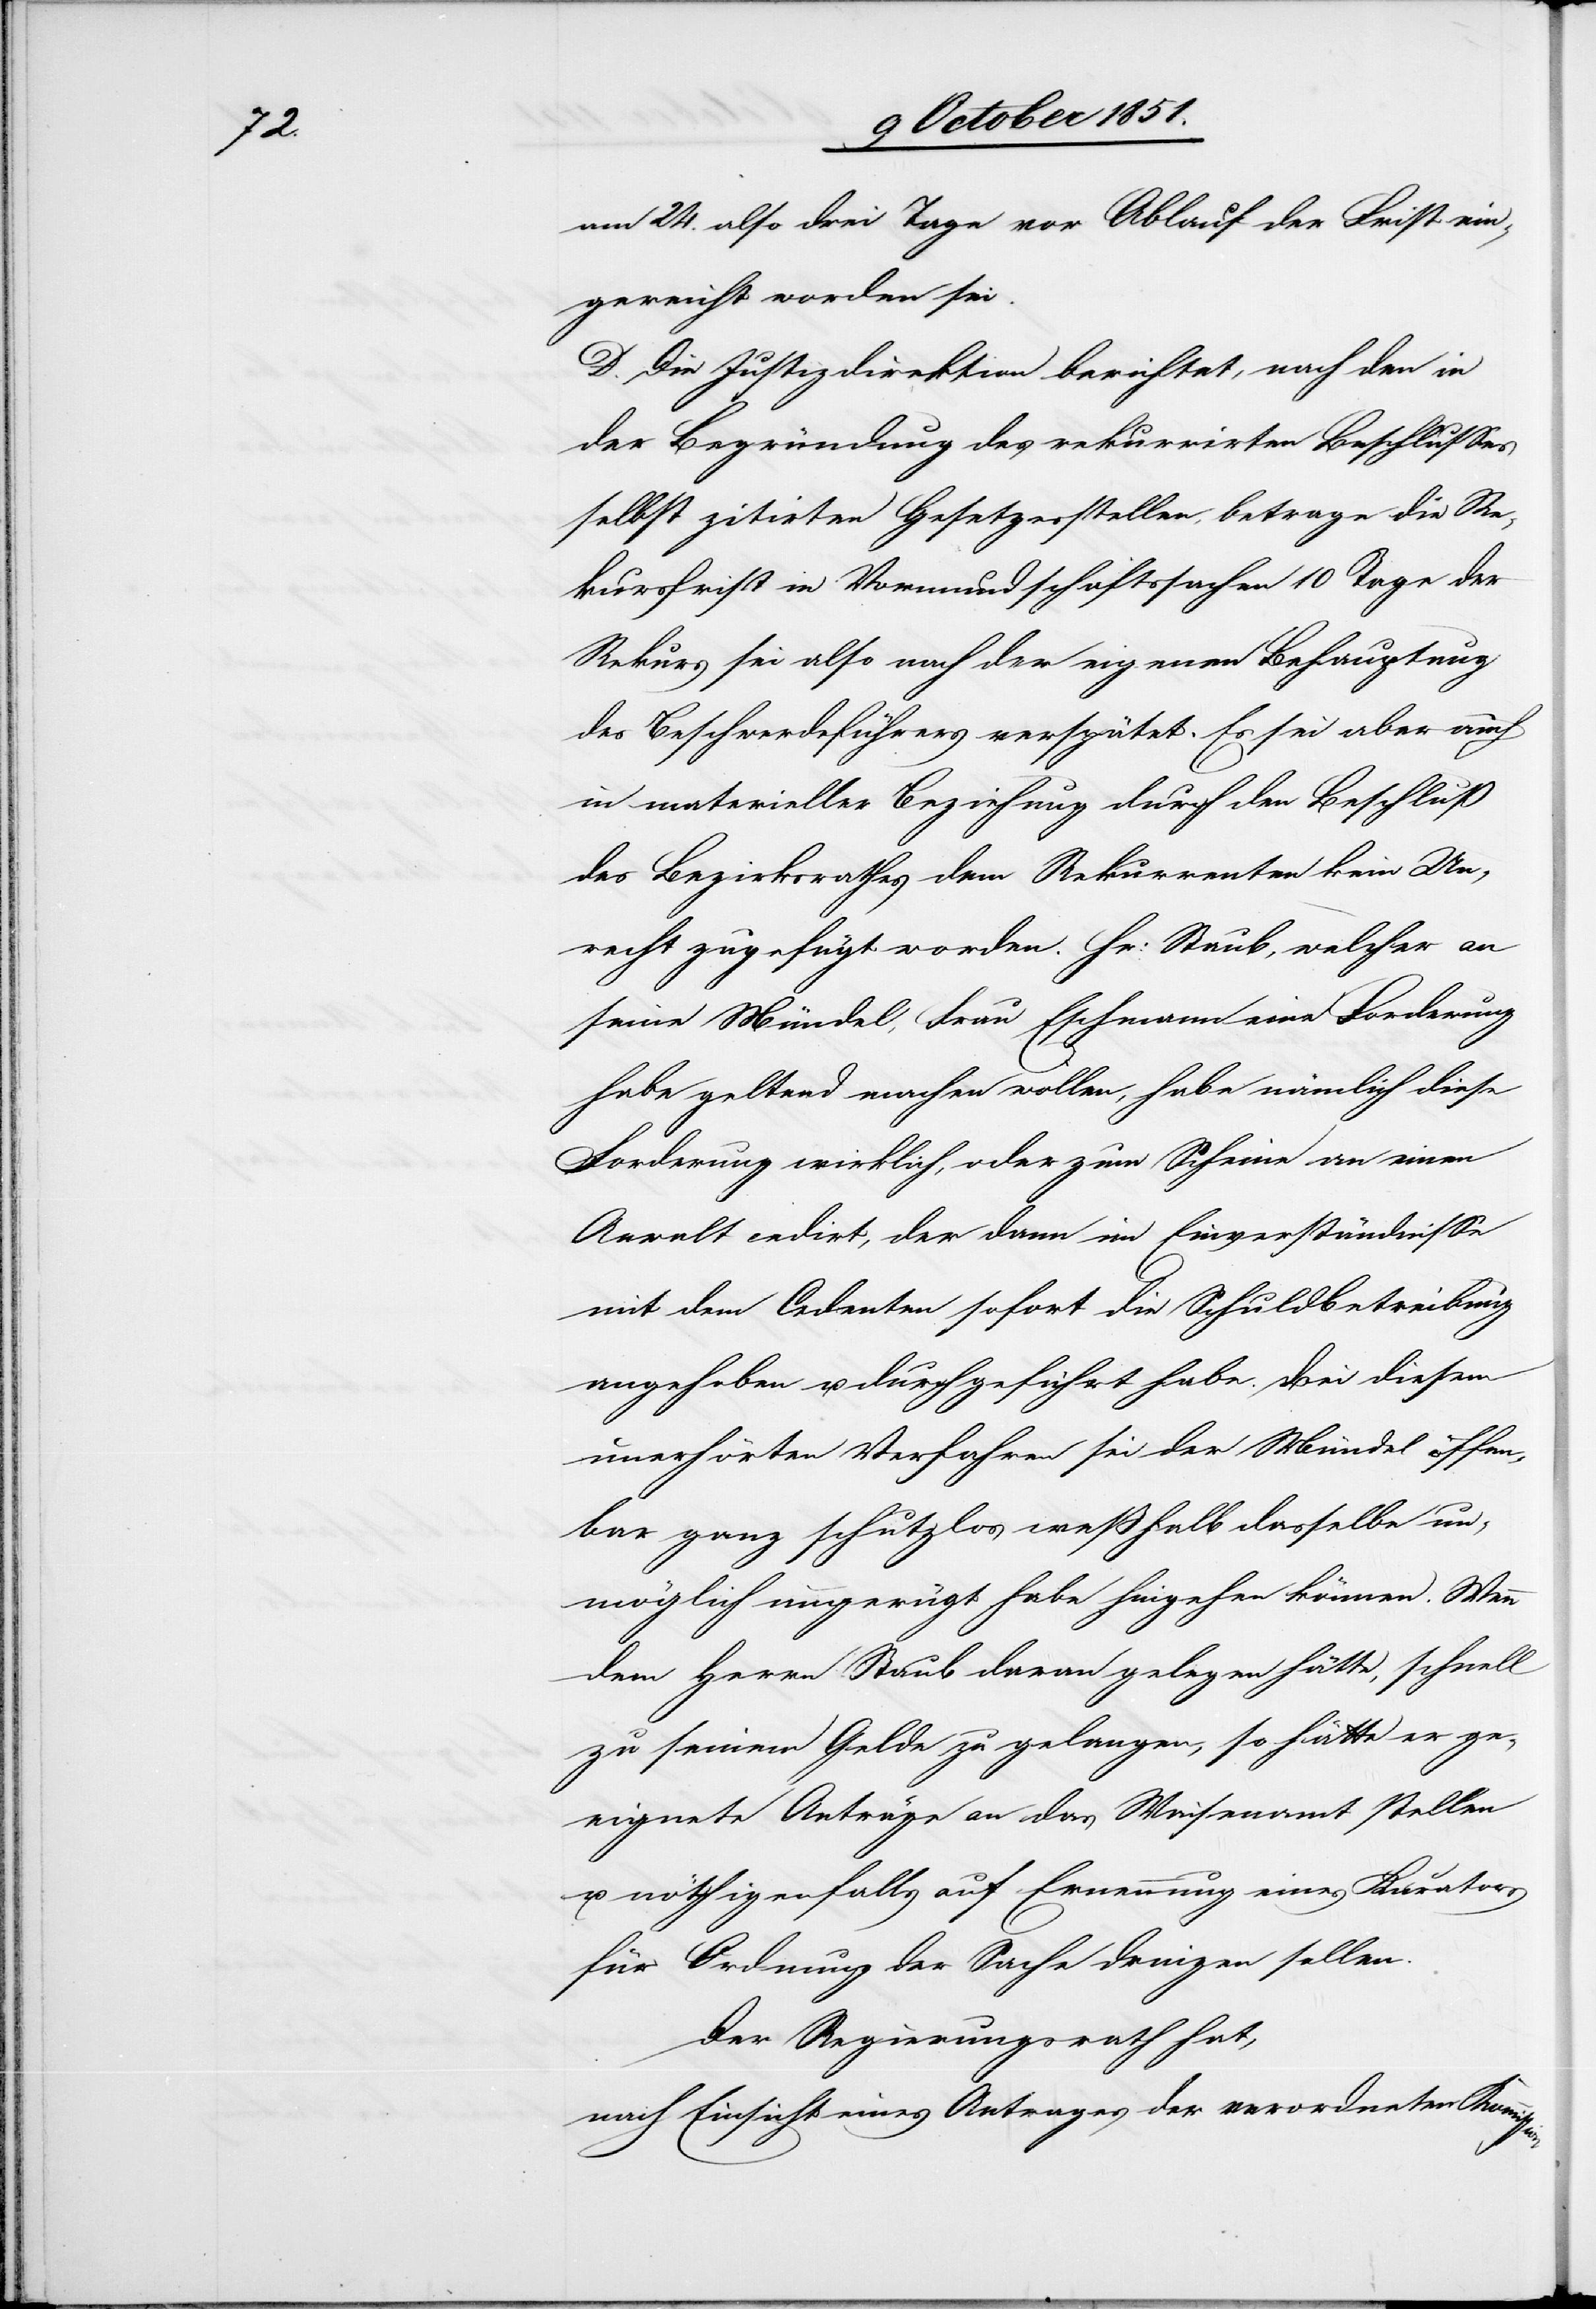
sion

am 24. also drei Tage vor Ablauf der Frist ein¬
gereicht worden sei.
D. Die Justizdirektion berichtet, nach den in
der Begründung des rekurrirten Beschlusses
selbst zitirten Gesetzesstellen, betrage die Re¬
kursfrist in Vormundschaftssachen 10 Tage der
Rekurs sei also nach der eigenen Behauptung
des Beschwerdeführers verspätet. Es sei aber auch
in materieller Beziehung durch den Beschluß
des Bezirksrathes dem Rekurrenten kein Un¬
recht zugefügt worden. Hr: Staub, welcher an
seine Mündel, Frau Eschmann eine Forderung
habe geltend machen wollen, habe nämlich diese
Forderung wirklich, oder zum Scheine an einen
Anwalt cedirt, der dann im Einverständnisse
mit dem Cedenten sofort die Schuldbetreibung
angehoben u. durchgeführt habe. Bei diesem
unerhörten Verfahren sei der Mündel offen¬
bar ganz schutzlos weßhalb dasselbe un¬
möglich ungerügt habe hingehen können. Wenn
dem Herrn Staub daran gelegen hätte, schnell
zu seinem Gelde zu gelangen, so hätte er ge¬
eignete Anträge an das Waisenamt stellen
u. nöthigenfalls auf Ernennung eines Kurators
für Ordnung der Sache dringen sollen.
Der Regierungsrath hat,
nach Einsicht eines Antrages der verordneten Kommis¬